Scottish Leaving Certificate Examination, 1951
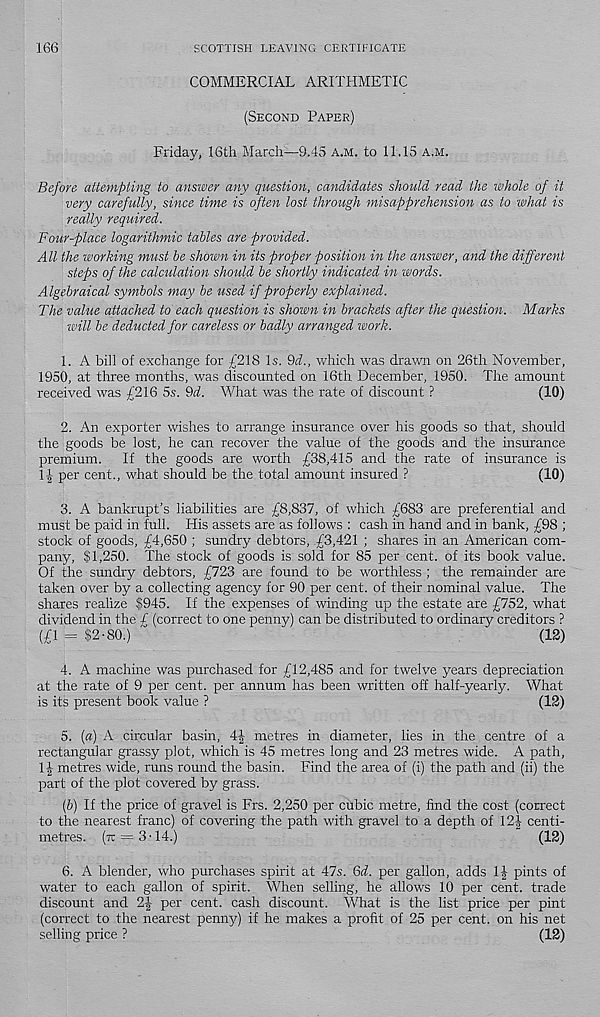
166
SCOTTISH LEAVING CERTIFICATE
COMMERCIAL ARITHMETIC
(Second Paper)
Friday, 16th March—9.45 a.m. to 11.15 a.m.
Before attempting to answer any question, candidates should read the whole of it
very carefully, since time is often lost through misapprehension as to what is
really required.
Four-place logarithmic tables are provided.
All the working must be shown in its proper position in the answer, and the different
steps of the calculation should be shortly indicated in words.
Algebraical symbols may be used if properly explained.
The value attached to each question is shown in brackets after the question. Marks
will be deducted for careless or badly arranged work.
1. A bill of exchange for £218 Is. 9(f., which was drawn on 26th November,
1950, at three months, was discounted on 16th December, 1950. The amount
received was £216 5s. 9(f. What was the rate of discount ?
(10)
2. An exporter wishes to arrange insurance over his goods so that, should
the goods be lost, he can recover the value of the goods and the insurance
premium. If the goods are worth £38,415 and the rate of insurance is
1J per cent., what should be the total amount insured ?
(10)
3. A bankrupt’s liabilities are £8,837, of which £683 are preferential and
must be paid in full. His assets are as follows : cash in hand and in bank, £98 ;
stock of goods, £4,650 ; sundry debtors, £3,421 ; shares in an American com-
pany, $1,250. The stock of goods is sold for 85 per cent, of its book value.
Of the sundry debtors, £723 are found to be worthless ; the remainder are
taken over by a collecting agency for 90 per cent, of their nominal value. The
shares realize $945. If the expenses of winding up the estate are £752, what
dividend in the £ (correct to one penny) can be distributed to ordinary creditors ?
(£1 = $2-SO.) ^
(12)
4. A machine was purchased for £12,485 and for twelve years depreciation
at the rate of 9 per cent, per annum has been written off half-yearly. What
is its present book value ?
(12)
5. (a) A circular basin, 4J metres in diameter, lies in the centre of a
rectangular grassy plot, which is 45 metres long and 23 metres wide. A path,
1J metres wide, runs round the basin. Find the area of (i) the path and (ii) the
part of the plot covered by grass.
iff) If the price of gravel is Frs. 2,250 per cubic metre, find the cost (correct
to the nearest franc) of covering the path with gravel to a depth of 12J centi-
metres. (re = 3-14.)
(12)
6. A blender, who purchases spirit at 47s. 6if. per gallon, adds 11 pints of
water to each gallon of spirit. When selling, he allows 10 per cent, trade
discount and 2| per cent, cash discount. What is the list price per pint
(correct to the nearest penny) if he makes a profit of 25 per cent, on his net
selling price ?
(12)